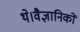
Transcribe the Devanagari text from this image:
थे।वैज्ञानिकों